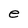
Character: e